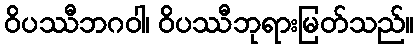
ဝိပဿီဘဂဝါ၊ ဝိပဿီဘုရားမြတ်သည်။